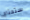
ستحتاج